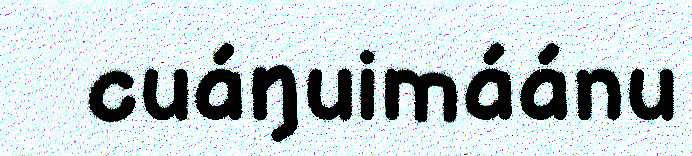
cuáŋuimáánu